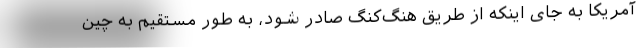
آمریکا به جای اینکه از طریق هنگ‌کنگ صادر شود، به طور مستقیم به چین